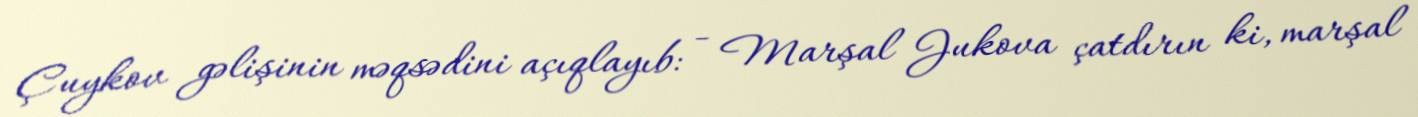
Çuykov gəlişinin məqsədini açıqlayıb: - Marşal Jukova çatdırın ki, marşal